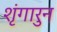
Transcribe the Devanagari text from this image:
शृंगारुन